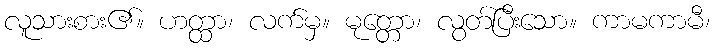
လူသားစား၏။ ဟတ္ထာ၊ လက်မှ။ မုတ္တော၊ လွတ်ပြီးသော။ ကာမကာမီ၊